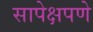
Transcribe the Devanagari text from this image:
सापेक्षपणे